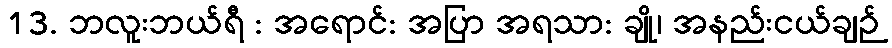
13. ဘလူးဘယ်ရီ : အရောင်: အပြာ အရသာ: ချို၊ အနည်းငယ်ချဉ်